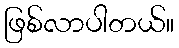
ဖြစ်လာပါတယ်။